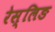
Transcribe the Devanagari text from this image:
रेस्लिङ